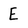
Character: E